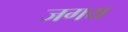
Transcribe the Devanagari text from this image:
जगय